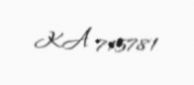
KA 715781